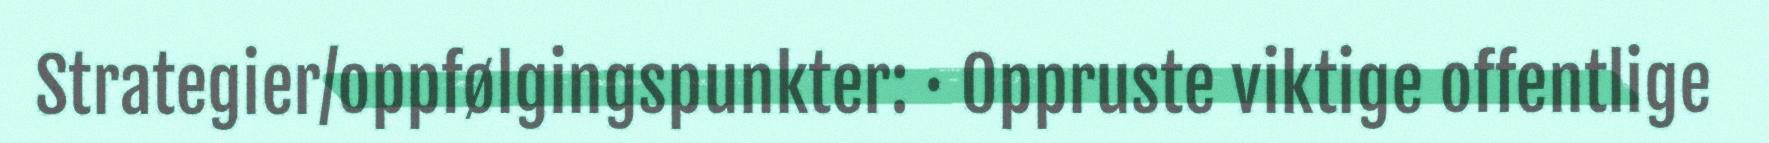
Strategier/oppfølgingspunkter: · Oppruste viktige offentlige